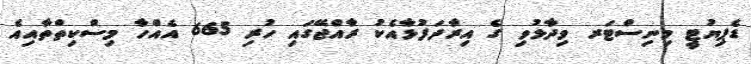
ޑެޕިޔުޓީ މިނިސްޓަރ ވިދާޅުވި ގެ އިރާދަފުޅާއެކު ރާއްޖޭގައި ހުރި 665 އެއްހާ މިސްކިތްތާއިއެ